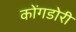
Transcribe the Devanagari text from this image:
कोंगडोरी